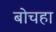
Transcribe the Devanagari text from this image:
बोचहा